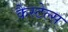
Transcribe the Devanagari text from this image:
कैस्टेल्स